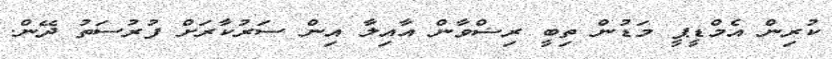
ކުރިން އެމްޑީޕީ މަޑުން ތިބީ ރިޟްވާން އާއިލާ އިން ސަރުކާރަށް ފުރުސަތު ދޭން.